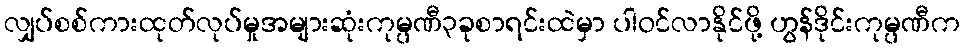
လျှပ်စစ်ကားထုတ်လုပ်မှုအများဆုံးကုမ္ပဏီ၃ခုစာရင်းထဲမှာ ပါဝင်လာနိုင်ဖို့ ဟွန်ဒိုင်းကုမ္ပဏီက